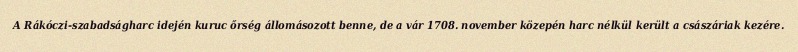
A Rákóczi-szabadságharc idején kuruc őrség állomásozott benne, de a vár 1708. november közepén harc nélkül került a császáriak kezére.